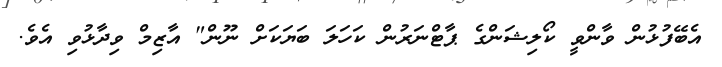
އެބޭފުޅުން ވާންވީ ކޯލިޝަންގެ ޕާޓްނަރުން ކަހަލަ ބަޔަކަށް ނޫން" އާޒިމް ވިދާޅުވި އެވެ.